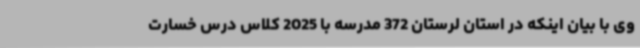
وی با بیان اینکه در استان لرستان 372 مدرسه با 2025 کلاس درس خسارت